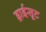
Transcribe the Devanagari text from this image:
ड्राईसूट